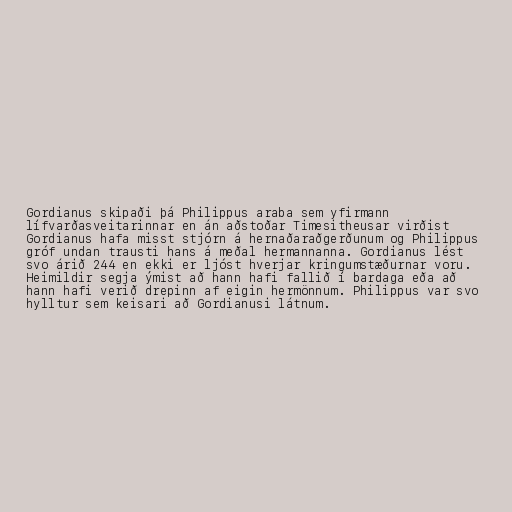
Gordianus skipaði þá Philippus araba sem yfirmann
lífvarðasveitarinnar en án aðstoðar Timesitheusar virðist
Gordianus hafa misst stjórn á hernaðaraðgerðunum og Philippus
gróf undan trausti hans á meðal hermannanna. Gordianus lést
svo árið 244 en ekki er ljóst hverjar kringumstæðurnar voru.
Heimildir segja ýmist að hann hafi fallið í bardaga eða að
hann hafi verið drepinn af eigin hermönnum. Philippus var svo
hylltur sem keisari að Gordianusi látnum.